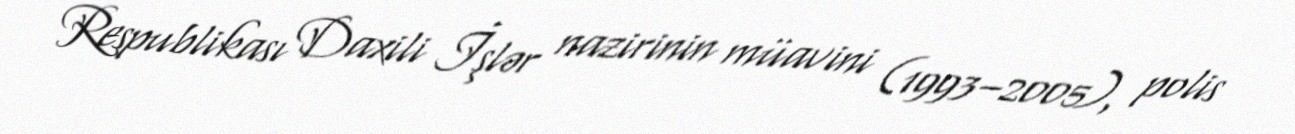
Respublikası Daxili İşlər nazirinin müavini (1993–2005), polis